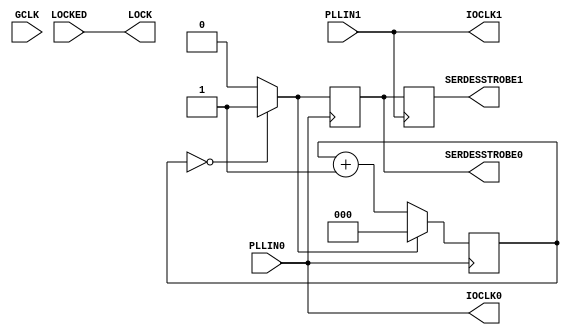
///////////////////////////////////////////////////////////////////////////////
// Copyright (c) 1995/2007 Xilinx, Inc.
// All Right Reserved.
///////////////////////////////////////////////////////////////////////////////
//   ____  ____
//  /   /\/   /
// /___/  \  /    Vendor : Xilinx
// \   \   \/     Version : 10.1
//  \   \         Description : Xilinx Formal Simulation Library Component
//  /   /                  Double Phase Locked Loop buffers for Spartan Series
// /___/   /\     Filename : BUFPLL_MCB.v
// \   \  /  \    Timestamp : Mon Jun  9 13:50:25 PDT 2008
//  \___\/\___\
//
// Revision:
//    08/12/08 - Initial version.
// End Revision

`timescale  1 ps / 1 ps

module BUFPLL_MCB (
  IOCLK0,
  IOCLK1,
  LOCK,
  SERDESSTROBE0,
  SERDESSTROBE1,

  GCLK,
  LOCKED,
  PLLIN0,
  PLLIN1
);



    parameter integer DIVIDE = 2;        // {1..8}
    parameter LOCK_SRC = "LOCK_TO_0";


    output IOCLK0;
    output IOCLK1;
    output LOCK;
    output SERDESSTROBE0;
    output SERDESSTROBE1;

    input GCLK;
    input LOCKED;
    input PLLIN0;
    input PLLIN1;


// Output signals 
    reg  ioclk0_out = 0, ioclk1_out = 0, lock_out = 0, serdesstrobe0_out = 0, serdesstrobe1_out = 0;

// Counters and Flags
    reg [2:0] ce_count = 0;
    reg [2:0] edge_count = 0;
    reg [2:0] RisingEdgeCount = 0;
    reg [2:0] FallingEdgeCount = 0;
    reg TriggerOnRise = 0;
    reg divclk_int;

    reg allEqual, RisingEdgeMatch, FallingEdgeMatch,  match, nmatch;

// Attribute settings

// Other signals
    reg attr_err_flag = 0;

    localparam lock_src_0_attr = (LOCK_SRC ==  "LOCK_TO_0" ) ? 1'b1 : 1'b0;
    localparam lock_src_1_attr = (LOCK_SRC ==  "LOCK_TO_1" ) ? 1'b1 : 1'b0;


// =====================
// Count the rising edges of the clk
// =====================
    generate if (LOCK_SRC == "LOCK_TO_0") 
       begin 
          always @(posedge PLLIN0) 
             if(allEqual) 
                 edge_count <= 3'b000;
              else
                 edge_count <= edge_count + 1; 
       end 
    else 
       begin 
          always @(posedge PLLIN1)
             if(allEqual) 
                 edge_count <= 3'b000;
              else
                 edge_count <= edge_count + 1; 
       end 
    endgenerate
          
//  Generate synchronous reset after DIVIDE number of counts
    always @(edge_count) 
        if (edge_count == ce_count) 
           allEqual = 1;
        else
          allEqual = 0;

// =====================
// Generate SERDESSTROBE 
// =====================
    generate if(LOCK_SRC == "LOCK_TO_0") 
     begin 
       always @(posedge PLLIN0)
           serdesstrobe0_out <= allEqual;
       always @(posedge PLLIN1)
           serdesstrobe1_out <= serdesstrobe0_out;
     end
    else 
     begin 
       always @(posedge PLLIN1)
           serdesstrobe1_out <= allEqual;
       always @(posedge PLLIN0)
           serdesstrobe0_out <= serdesstrobe1_out;
     end
    endgenerate
 
// =====================
// Generate divided clk 
// =====================
    always @(edge_count)
       if (edge_count == RisingEdgeCount)
           RisingEdgeMatch = 1;
       else
           RisingEdgeMatch = 0;

    always @(edge_count)
       if (edge_count == FallingEdgeCount)
           FallingEdgeMatch = 1;
       else
           FallingEdgeMatch = 0;

    generate if(LOCK_SRC == "LOCK_TO_0") 
       begin 
          always @(posedge PLLIN0)
             match <= RisingEdgeMatch | (match & ~FallingEdgeMatch);

          always @(negedge PLLIN0)
             if(~TriggerOnRise) 
                  nmatch <= match; 
               else 
                  nmatch <= 0;   
       end 
    else 
       begin 
          always @(posedge PLLIN1)
             match <= RisingEdgeMatch | (match & ~FallingEdgeMatch);

          always @(negedge PLLIN1)
             if(~TriggerOnRise) 
                  nmatch <= match; 
               else 
                  nmatch <= 0;   
       end 
    endgenerate

    always@(match or nmatch) divclk_int = match | nmatch;
// =====================
// Generate IOCLKs 
// =====================

    always @(PLLIN0)
         ioclk0_out = PLLIN0;

    always @(PLLIN1)
         ioclk1_out = PLLIN1;

// =====================
// Generate LOCK
// =====================
    always @(LOCKED)
         lock_out <= LOCKED;


    assign IOCLK0 = ioclk0_out;
    assign IOCLK1 = ioclk1_out;
    assign LOCK   = lock_out;
    assign SERDESSTROBE0 = serdesstrobe0_out;
    assign SERDESSTROBE1 = serdesstrobe1_out;

endmodule // BUFPLL_MCB